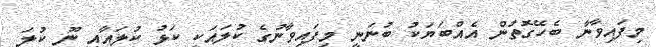
މިފައިވާނާ ބެހޭގޮތުން އެއްބަޔަކު ބުނަނީ މިފައިވާނުގެ ކުލައަކީ ކަޅު ކުލައާއި ނޫ ކުލަ